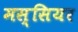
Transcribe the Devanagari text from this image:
मस्सियर